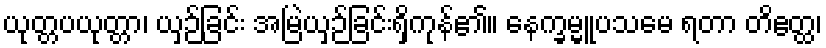
ယုတ္တပယုတ္တာ၊ ယှဉ်ခြင်း အမြဲယှဉ်ခြင်းရှိကုန်၏။ နေက္ခမ္မူပသမေ ရတာ တိဧတ္ထ၊